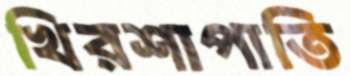
খিরশাপাতি